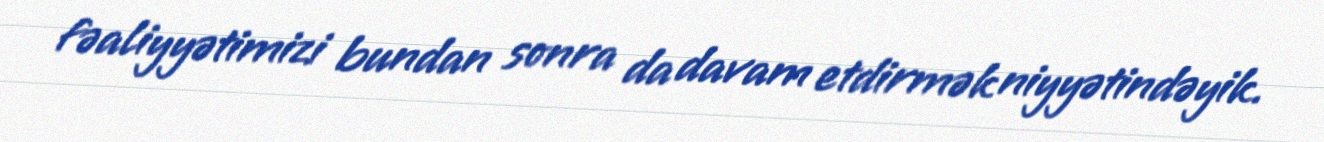
fəaliyyətimizi bundan sonra da davam etdirmək niyyətindəyik.